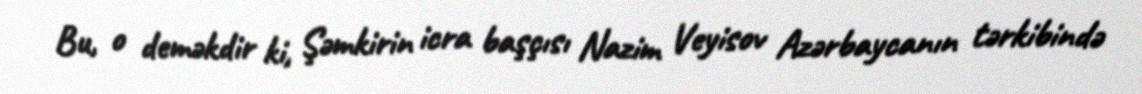
Bu, o deməkdir ki, Şəmkirin icra başçısı Nazim Veyisov Azərbaycanın tərkibində